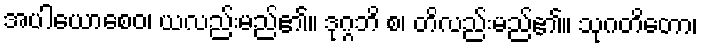
အပါယောစေဝ၊ ယလည်းမည်၏။ ဒုဂ္ဂဘိ စ၊ တိလည်းမည်၏။ သုဂတိတော၊